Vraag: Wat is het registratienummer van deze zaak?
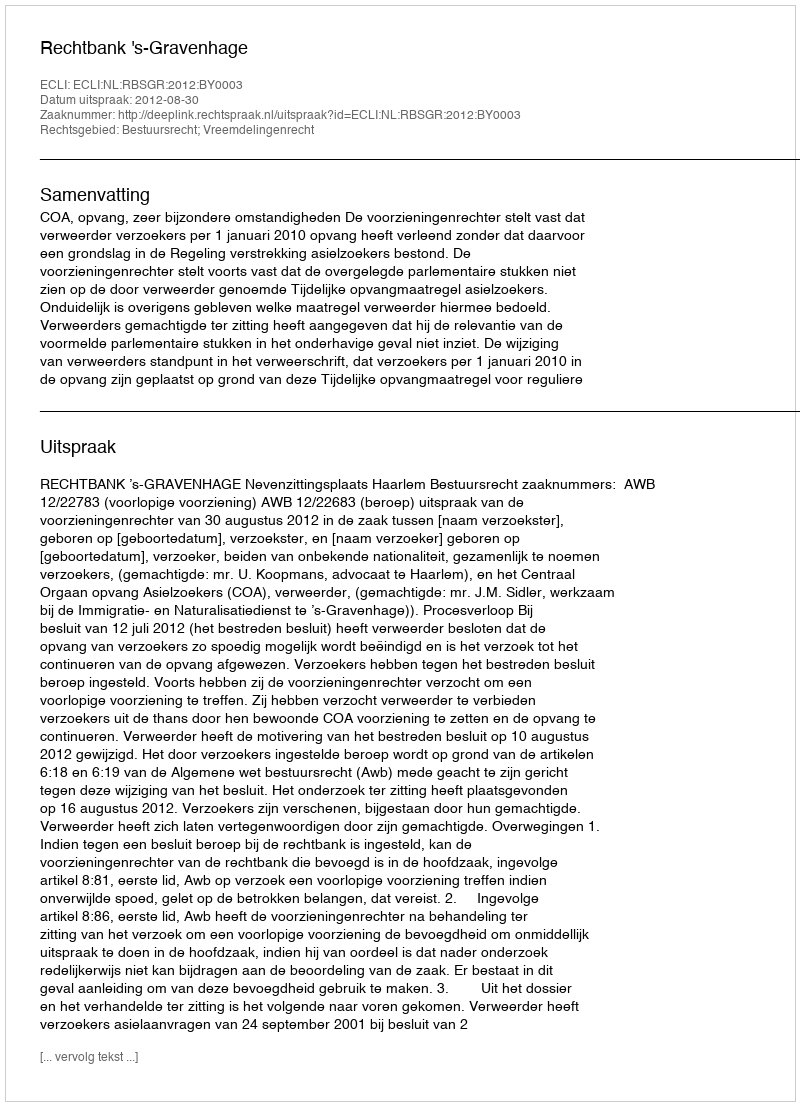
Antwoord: http://deeplink.rechtspraak.nl/uitspraak?id=ECLI:NL:RBSGR:2012:BY0003